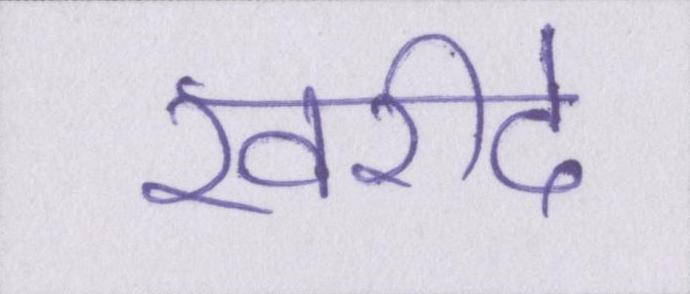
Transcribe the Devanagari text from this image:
खरीदे